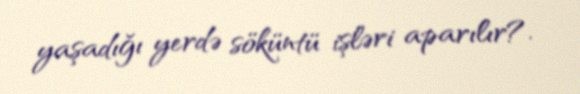
yaşadığı yerdə söküntü işləri aparılır?.